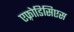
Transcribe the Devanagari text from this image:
एफ़्रोडिसिएस